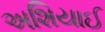
અશિયાઈ